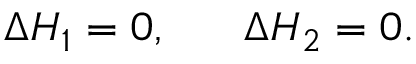
\Delta H _ { 1 } = 0 , ~ ~ ~ ~ ~ \Delta H _ { 2 } = 0 .